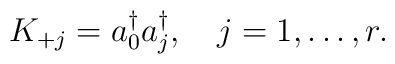
K_{+j}=a_0^\dagger a_j^\dagger,\quad j=1,\ldots,r.